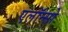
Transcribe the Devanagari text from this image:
एलॉन्सो